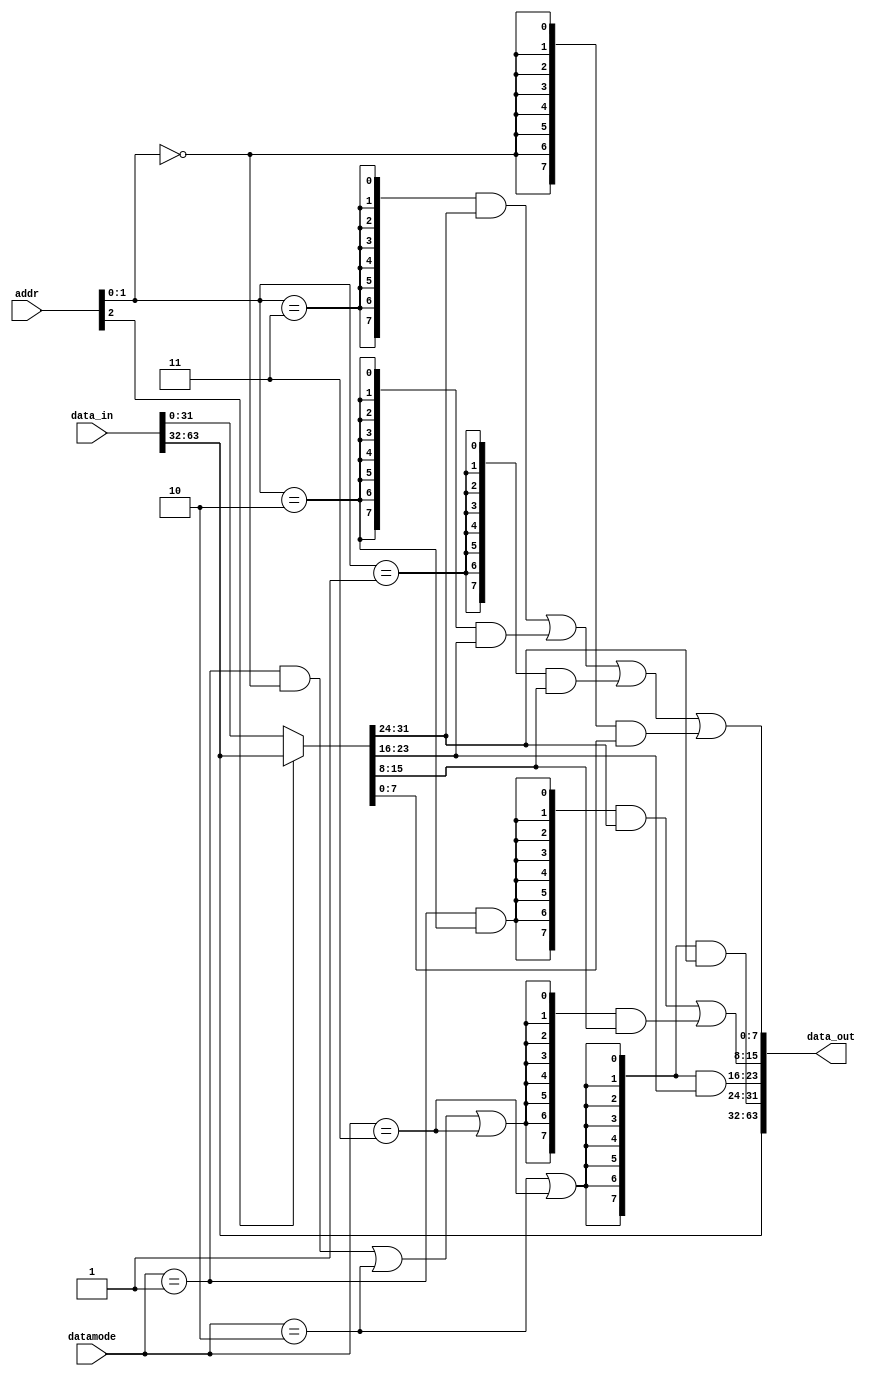
module emesh_rdalign (
   data_out,
   addr, datamode, data_in
   );
   input [2:0] 	   addr;
   input [1:0] 	   datamode; 	   
   input [63:0]    data_in;
   output [63:0]   data_out;
   wire [3:0]      byte0_sel;
   wire [31:0]     data_mux;
   wire [31:0]     data_aligned;
   wire 	   byte1_sel1;
   wire 	   byte1_sel0;
   wire 	   byte2_en;
   wire 	   byte3_en;
   assign data_mux[31:0] = addr[2] ? data_in[63:32] : 
			             data_in[31:0];
   assign    byte0_sel[3] = addr[1:0]==2'b11;
   assign    byte0_sel[2] = addr[1:0]==2'b10;   
   assign    byte0_sel[1] = addr[1:0]==2'b01;
   assign    byte0_sel[0] = addr[1:0]==2'b00;
   assign    byte1_sel1 = datamode[1:0]==2'b01 & addr[1:0]==2'b10;
   assign    byte1_sel0 = (datamode[1:0]==2'b01 & addr[1:0]==2'b00) |
	                  datamode[1:0]==2'b10                      | 
			  datamode[1:0]==2'b11;
   assign    byte2_en = datamode[1:0]==2'b10 | 
		        datamode[1:0]==2'b11;
   assign    byte3_en = datamode[1:0]==2'b10 | 
		        datamode[1:0]==2'b11;
   assign data_aligned[7:0]   = {(8){byte0_sel[3]}} & data_mux[31:24] |
	                        {(8){byte0_sel[2]}} & data_mux[23:16] |
	                        {(8){byte0_sel[1]}} & data_mux[15:8]  |
	                        {(8){byte0_sel[0]}} & data_mux[7:0];
   assign data_aligned[15:8]  = {(8){byte1_sel1}} & data_mux[31:24] |
	                        {(8){byte1_sel0}} & data_mux[15:8];
   assign data_aligned[23:16] = {(8){byte2_en}} & data_mux[23:16];
   assign data_aligned[31:24] = {(8){byte3_en}} & data_mux[31:24];
   assign data_out[31:0]      = data_aligned[31:0];
   assign data_out[63:32]     = data_in[63:32];
endmodule